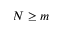
N \geq m